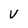
Character: v